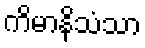
ကိမာနိသံသာ